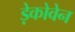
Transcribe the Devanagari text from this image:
ड़ेकोवेन